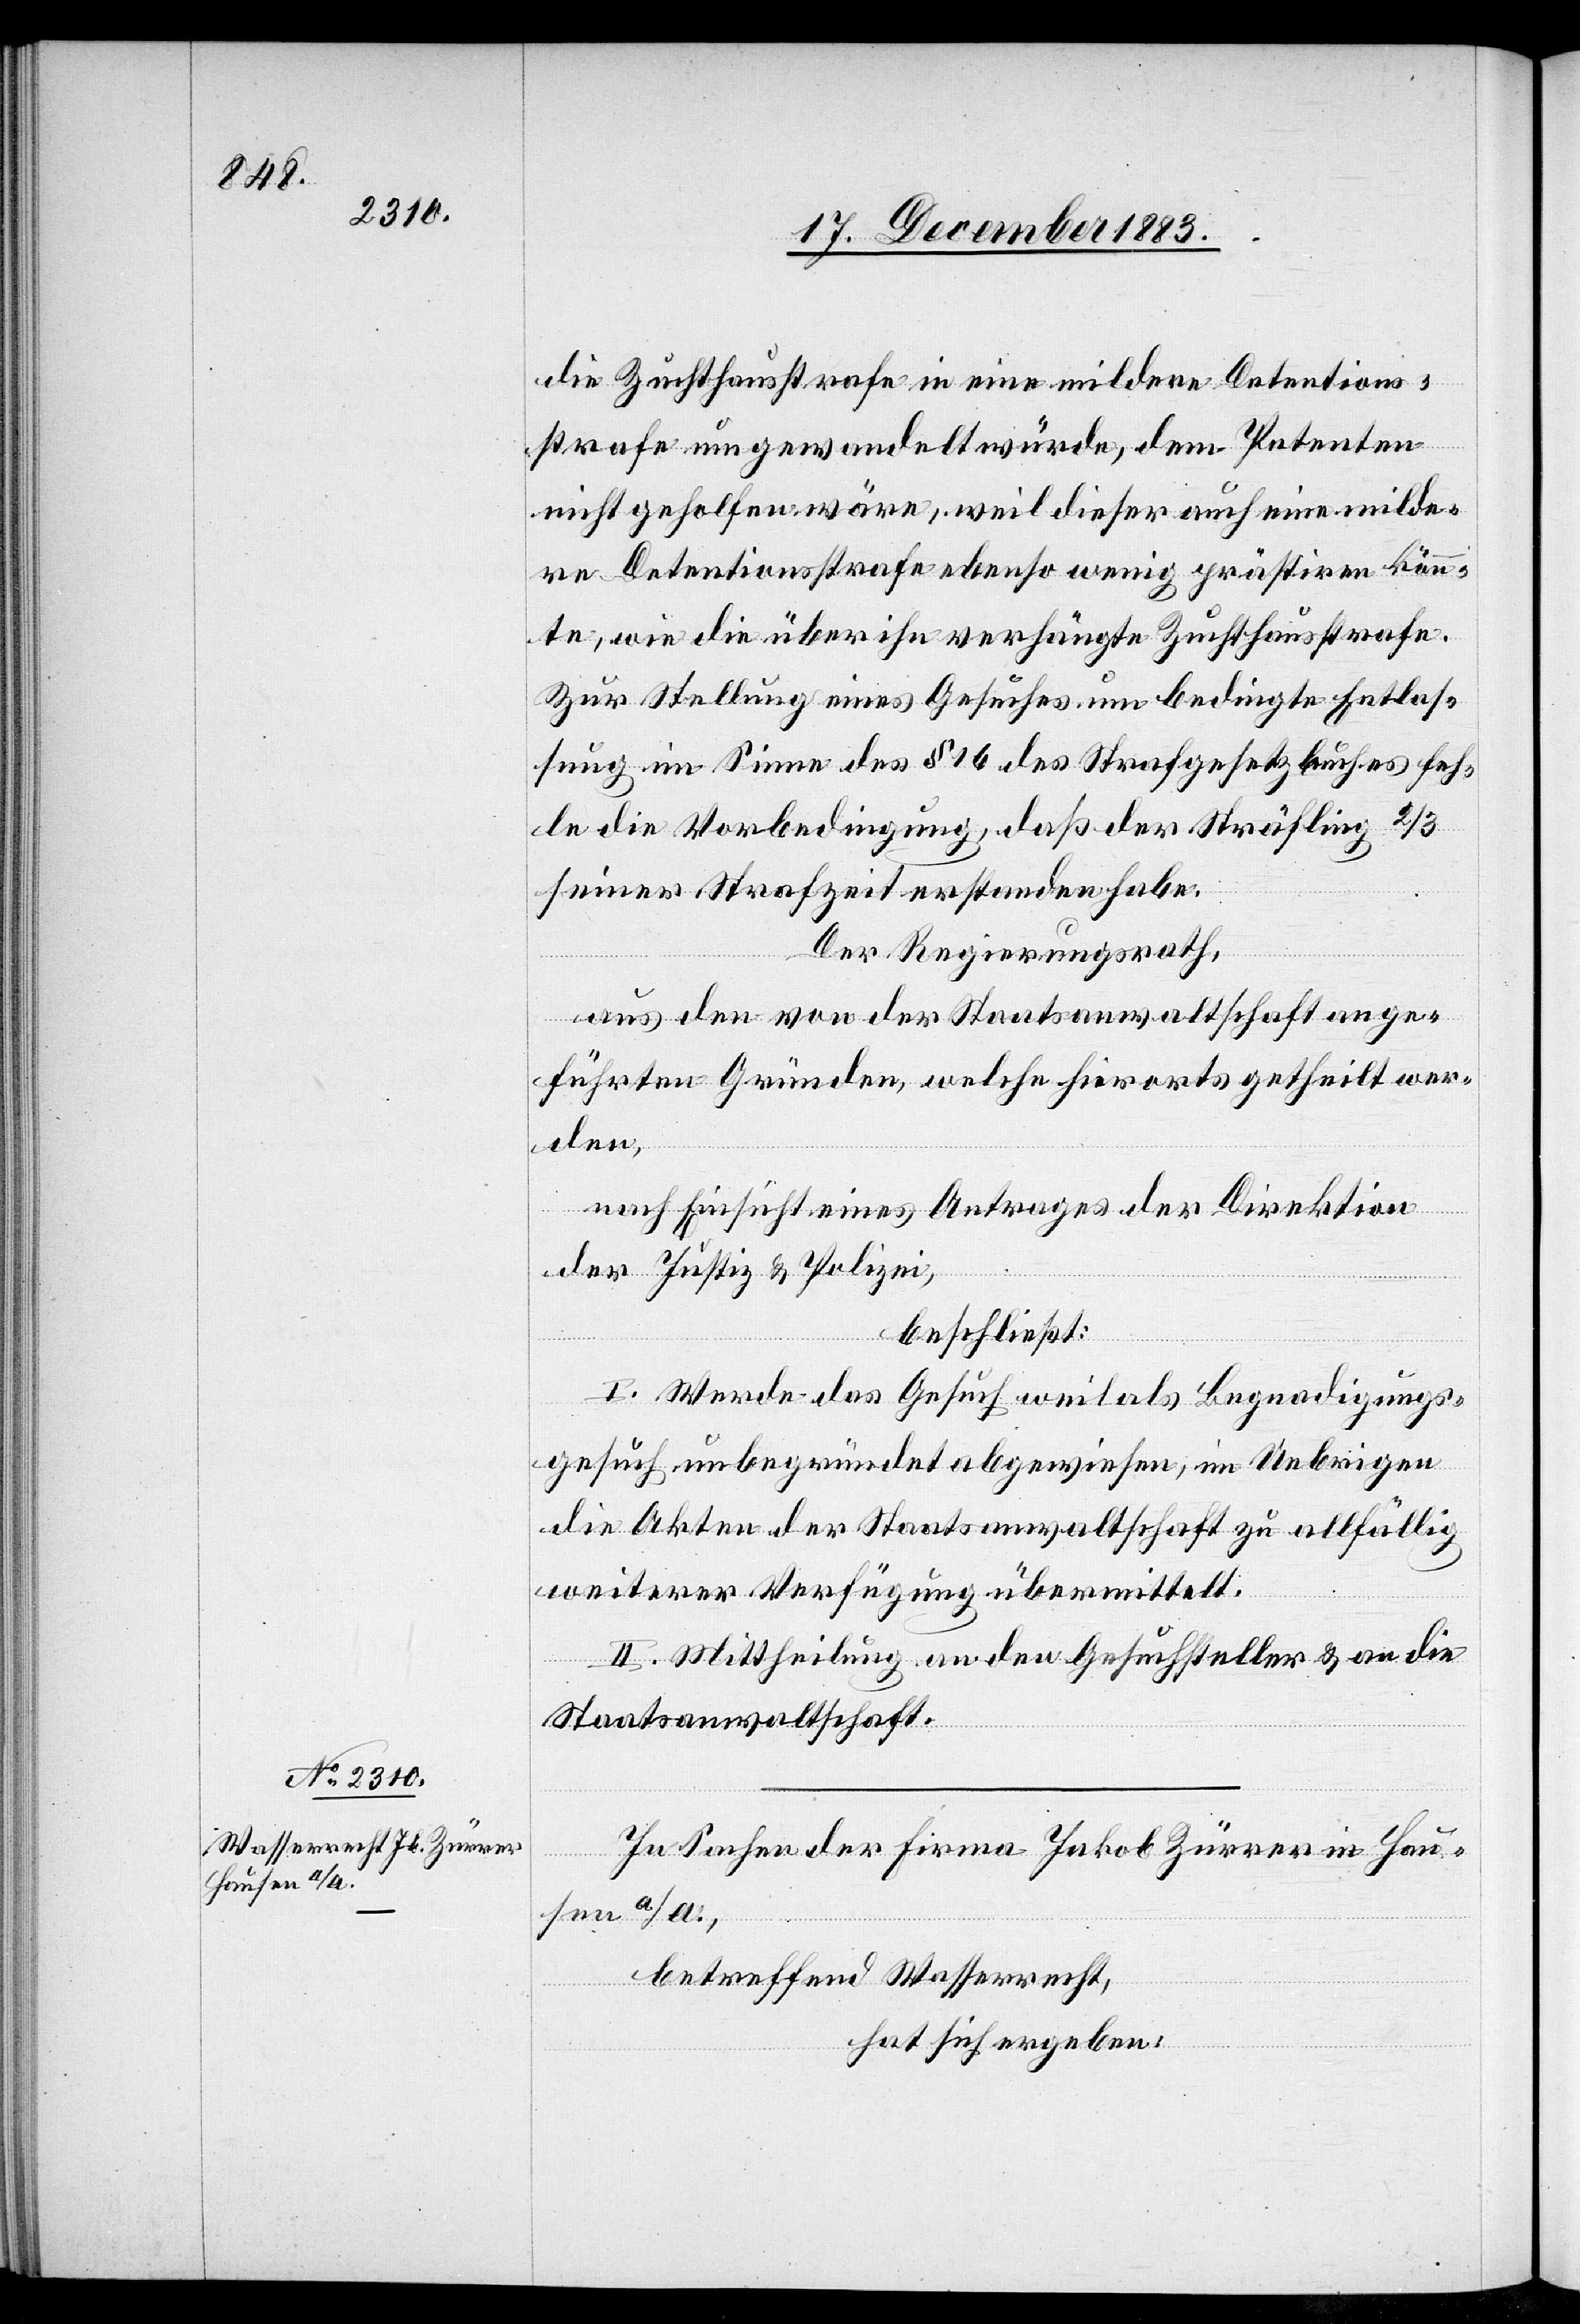
die Zuchthausstrafe in eine mildere Detentions¬
strafe umgewandelt würde, dem Petenten
nicht geholfen wäre, weil dieser auch eine milde¬
re Detentionsstrafe ebenso wenig prästiren könn¬
te, wie die über ihn verhängte Zuchthausstrafe.
Zur Stellung eines Gesuches um bedingte Entlas¬
sung im Sinne des § 16 des Strafgesetzbuches feh¬
le die Vorbedingung, daß der Sträfling 2/3
seiner Strafzeit erstanden habe.
Der Regierungsrath,
aus den von der Staatsanwaltschaft ange¬
führten Gründen, welche hierorts getheilt wer¬
den,
nach Einsicht eines Antrages der Direktion
der Justiz & Polizei,
beschließt:
I. Werde das Gesuch[,] weil als Begnadigungs¬
gesuch unbegründet[,] abgewiesen, im Uebrigen
die Akten der Staatsanwaltschaft zu allfällig
weiterer Verfügung übermittelt.
II. Mittheilung an den Gesuchsteller & an die
Staatsanwaltschaft.
In Sachen der Firma Jakob Zürrer in Hau¬
sen
a/A.,
betreffend Wasserrecht,
hat sich ergeben: